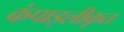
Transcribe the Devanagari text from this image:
कंपाइलीकृत